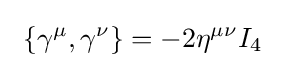
\ \left\{\gamma ^{\mu },\gamma ^{\nu }\right\}=-2\eta ^{\mu \nu }I_{4}\